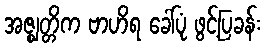
အဇ္ဈတ္တိက ဗာဟိရ ခေါ်ပုံ ဖွင့်ပြခန်း